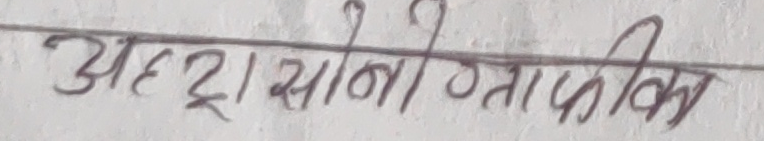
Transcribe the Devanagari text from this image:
अह्रा सानौ गतो फिका